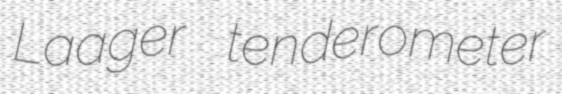
Laager tenderometer